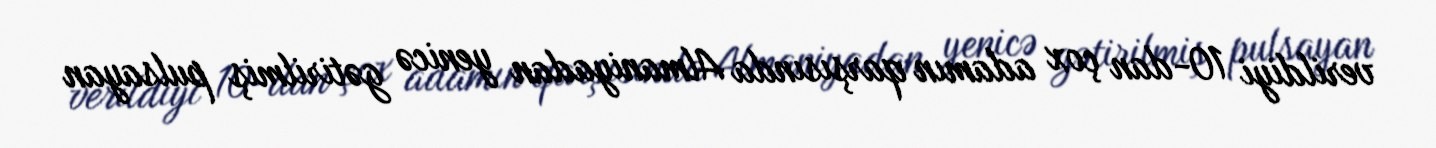
verildiyi 10-dan çox adamın qarşısında Almaniyadan yenicə gətirilmiş pulsayan